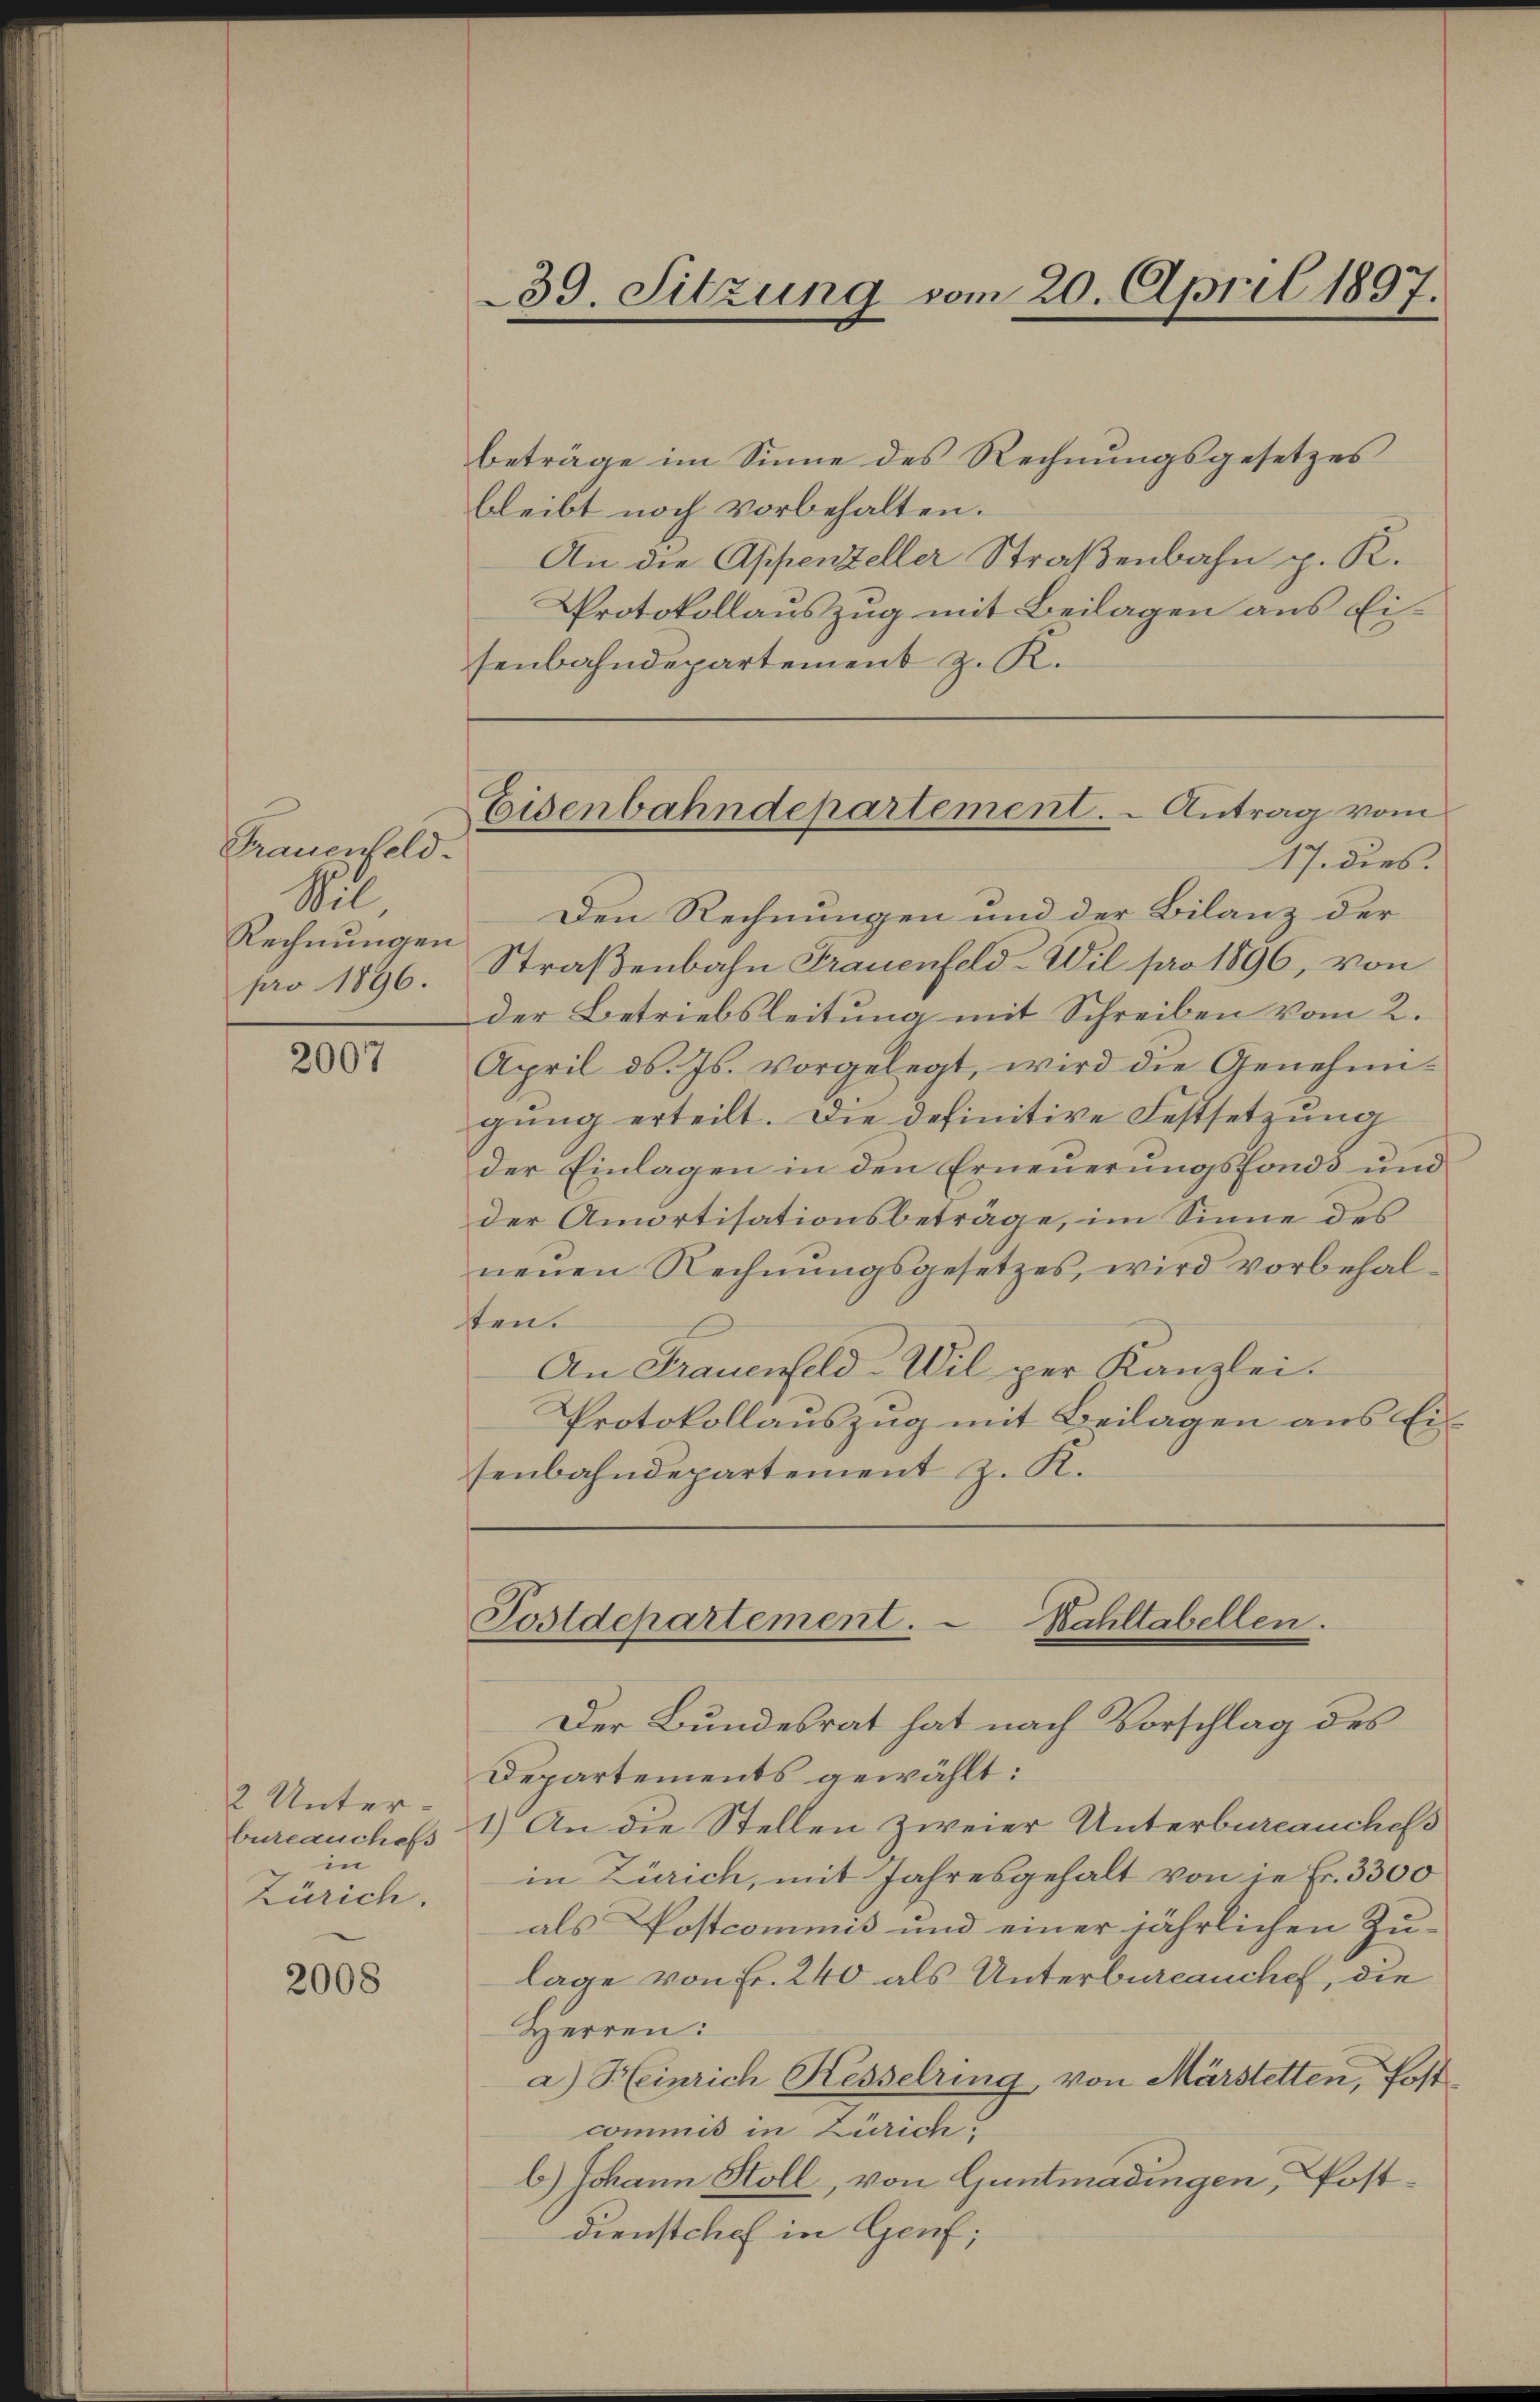
Trauenfeld.
Bil
Rechnungen
pro 1896.

2007

2 Unterbureauches
in
Zürich.

2008

senbahndepartement z. R.

39. Sitzung vom 20. April 1897.

Eisenbahndepartement. - Antrag vom

beträge im Sinne des Rechnungsgesetzes
bleibt noch vorbehalten.
An die Appenzeller Straßenbahn p. K.
Protokollauszug mit Beilagen aus Ei¬
17. dies.
Den Rechnungen und der Bilanz der
Straßenbahn Frauenfeld -Wil pro 1896, von
der Betriebsleitung mit Schreiben vom 2.
April d. Js. vorgelegt, wird die Genehmigung erteilt. Die definitive Festsetzung
der Einlagen in den Erneuerungsfonds und
der Amortisationsbeträge, im Sinne des
neuen Rechnŭngsgesetzes, wird vorbehal-
sten.
An Frauenfeld-Wil per Kanzlei.
Protokollaŭszŭg mit Beilagen ans Ei
senbahndepartement z. R.

Postdepartement.
Bahltabellen.
Der Bundesrat hat nach Vorschlag des

Departements gewählt:
1.) An die Stellen zweier Unterbureanchefs
in Zürich, mit Jahresgehalt von je Fr. 3300
als Postcommis und einer jährlichen Zu-
lage von Fr. 240 als Unterbureauchel, die
Herren:
a) Heinrich Kesselring von Märstetten, Postcommis in Zürich.
b) Johann Stoll, von Guntmadingen, Postdienstchef in Genf;